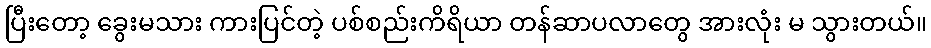
ပြီးတော့ ခွေးမသား ကားပြင်တဲ့ ပစ်စည်းကိရိယာ တန်ဆာပလာတွေ အားလုံး မ သွားတယ်။